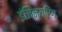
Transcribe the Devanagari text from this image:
इंजिनयरिंग